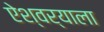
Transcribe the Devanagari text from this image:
ऐश्वर्याला